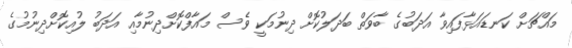
މައްޗަށް ކަނޑައަޅާފައިވާ އަދަބުގެ ބާވަތް ބަދަލުކޮށް ދިނުމަކީ ވެސް މައާފްކޮށްދިނުމާއި އަދަބު ލުއިކޮށްދިނުމުގެ